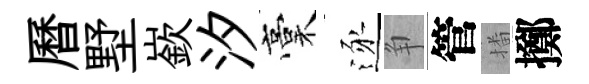
曆墅嶔汐稾逐争管播擲